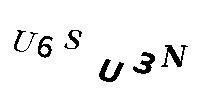
U6SU3N